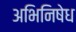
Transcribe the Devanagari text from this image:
अभिनिषेध